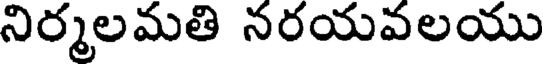
నిర్మలమతి నరయవలయు